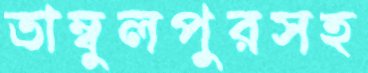
তাম্বুলপুরসহ